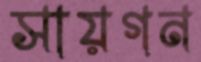
সায়গন